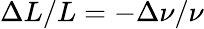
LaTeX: {\Delta L}/{L}=-{\Delta\nu}/{\nu}